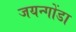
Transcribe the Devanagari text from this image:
जयन्गोंडा